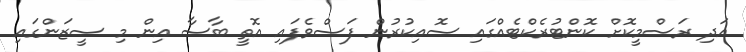
އަދި ރަސްމީކޮށް ކޮންޓުރެކްޓެއްގައި ސޮއިކުރުން ފަސްވެފައި އޮތީ ބާސާ އިން މި ސީޒަންގައި